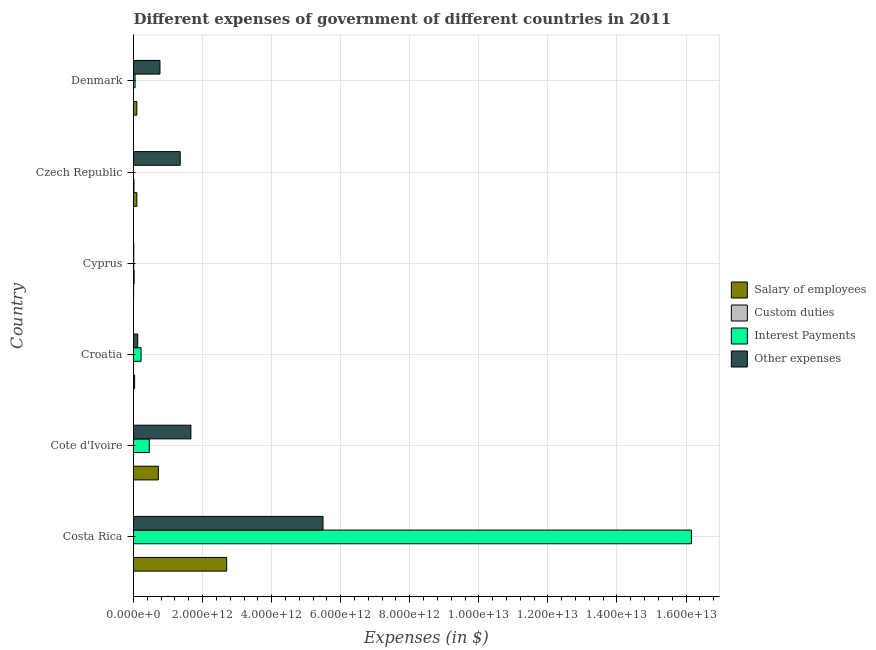
| Country | Salary of employees | Custom duties | Interest Payments | Other expenses |
 | --- | --- | --- | --- | --- |
 | Costa Rica | 2.7e+12 | 3.19e+07 | 1.62e+13 | 5.49e+12 |
 | Cote d'Ivoire | 7.2e+11 | 1e+06 | 4.57e+11 | 1.66e+12 |
 | Croatia | 3.2e+10 | 5.38e+07 | 2.19e+11 | 1.22e+11 |
 | Cyprus | 2.73e+09 | 1.89e+10 | 7.44e+09 | 7.69e+09 |
 | Czech Republic | 9.72e+10 | 1.35e+10 | 3.98e+08 | 1.35e+12 |
 | Denmark | 9.62e+10 | 1.67e+08 | 4.5e+10 | 7.66e+11 |